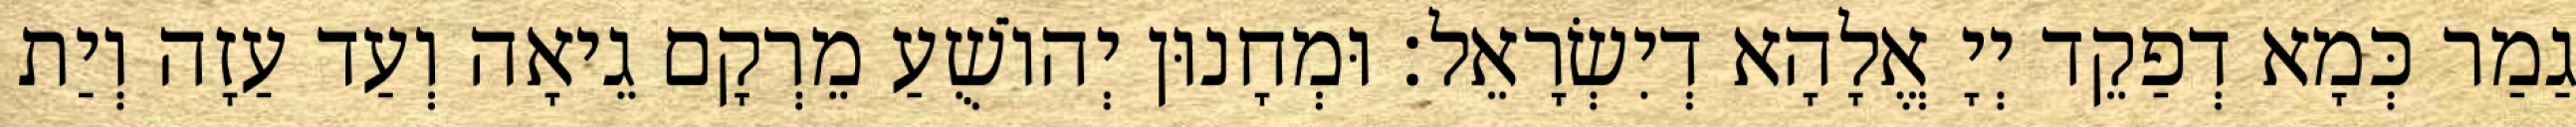
גַמַר כְּמָא דְפַקֵד יְיָ אֱלָהָא דְיִשְׂרָאֵל׃ וּמְחָנוּן יְהוֹשֻׁעַ מֵרְקָם גֵיאָה וְעַד עַזָה וְיַת